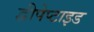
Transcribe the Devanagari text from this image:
द्वीपेप्टाइड